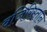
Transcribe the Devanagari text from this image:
वजिरिस्तान